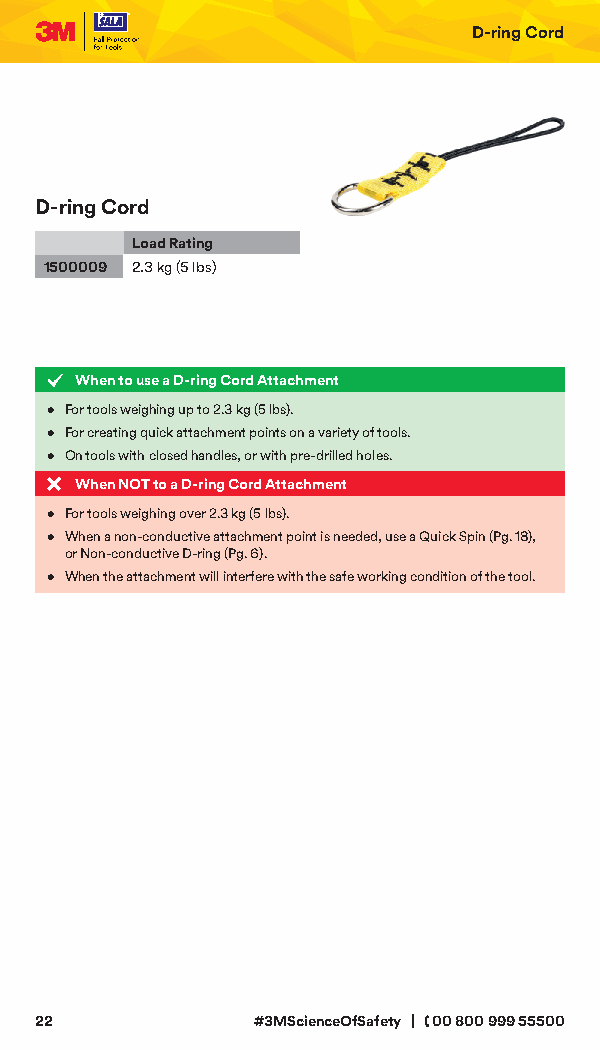
D-ring Cord
 D-ring Cord
 Load Rating
 1500009 2.3 kg (5 lbs)
 When to use a D-ring Cord Attachment
 • For tools weighing up to 2.3 kg (5 lbs).
 • For creating quick attachment points on a variety of tools.
 • On tools with closed handles, or with pre-drilled holes.
 When NOT to a D-ring Cord Attachment
 • For tools weighing over 2.3 kg (5 lbs).
 • When a non-conductive attachment point is needed, use a Quick Spin (Pg. 18),
 or Non-conductive D-ring (Pg. 6).
 • When the attachment will interfere with the safe working condition of the tool.
 22             #3MScienceOfSafety | 00 800 999 55500